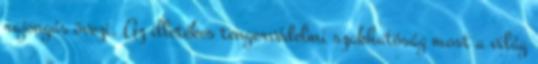
rajongás övezi. Az illetékes tengervédelmi szakhatóság most a világ